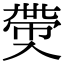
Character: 𠓶